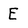
Character: E